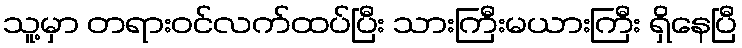
သူ့မှာ တရားဝင်လက်ထပ်ပြီး သားကြီးမယားကြီး ရှိနေပြီ